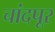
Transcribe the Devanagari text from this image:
चांदपूर